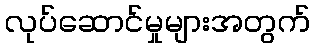
လုပ်ဆောင်မှုများအတွက်